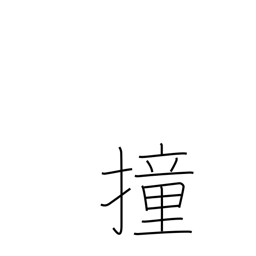
Meaning: thrust